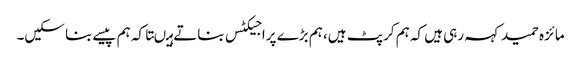
مائزہ حمید کہہ رہی ہیں کہ ہم کرپٹ ہیں، ہم بڑے پراجیکٹس بناتے ہیںتاکہ ہم پیسے بنا سکیں۔